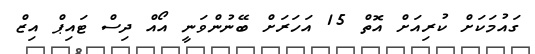
ގައުމަކަށް ކުރިއަށް އޮތް 15 އަހަރަށް ބޭނުންވަނީ އޯއް ދިސް ޓައިޕް އިޒް